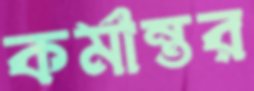
কর্মান্তর